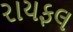
રાયફલ